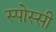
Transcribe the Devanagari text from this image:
स्पोस्सी